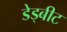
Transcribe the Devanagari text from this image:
डेड्बीट